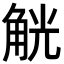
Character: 觥